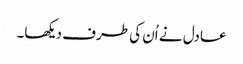
عادل نے اُن کی طرف دیکھا۔